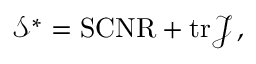
\begin{array} { r } { \mathcal { S } ^ { * } = \mathrm { S C N R } + \mathrm { t r } \mathcal { J } \, , } \end{array}